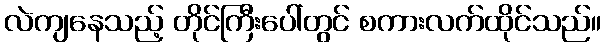
လဲကျနေသည့် တိုင်ကြီးပေါ်တွင် စကားလက်ထိုင်သည်။